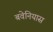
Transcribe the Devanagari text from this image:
बवेनियास